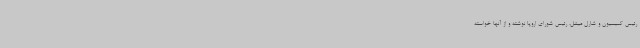
رئیس کمیسیون و شارل میشل، رئیس شورای اروپا نوشته و از آنها خواسته